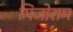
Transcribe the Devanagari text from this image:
मिजोराम